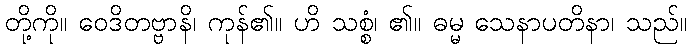
တို့ကို။ ဝေဒိတဗ္ဗာနိ၊ ကုန်၏။ ဟိ သစ္စံ၊ ၏။ ဓမ္မ သေနာပတိနာ၊ သည်။